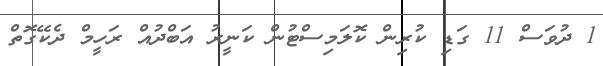
1 ދުވަސް 11 ގަޑި ކުރިން ކޮލަމިސްޓުން ކަނީރު އަބްދުއް ރަހީމް ދެކޭގޮތް